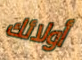
أولائك